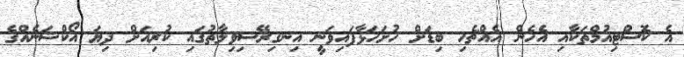
އެ ކޮސްޓިއުމްތަކާއި އެހެން އެއްޗެހި ބިޑަށް ހުށަހަޅާފައިވަނީ އިނގިރޭސިވިލާތުގައި ކުރިއަށް ދިޔަ އޯކްޝަނެއްގެ